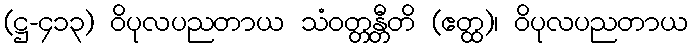
(ဋ္ဌ-၄၁၃) ဝိပုလပညတာယ သံဝတ္တန္တီတိ (ဧတ္ထ)၊ ဝိပုလပညတာယ